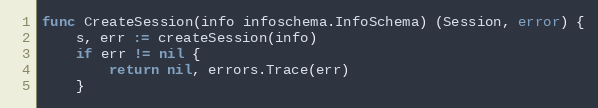
Language: Go
func CreateSession(info infoschema.InfoSchema) (Session, error) {
	s, err := createSession(info)
	if err != nil {
		return nil, errors.Trace(err)
	}